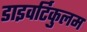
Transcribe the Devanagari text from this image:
डाइवर्टिकुलम